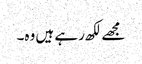
مجھے لکھ رہے ہیں وہ۔